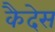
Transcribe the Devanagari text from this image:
कैदेस